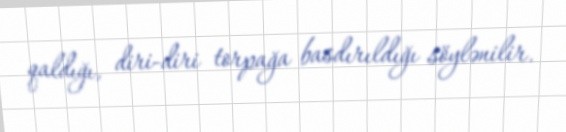
qaldığı, diri-diri torpağa basdırıldığı söylənilir.